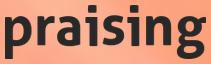
praising